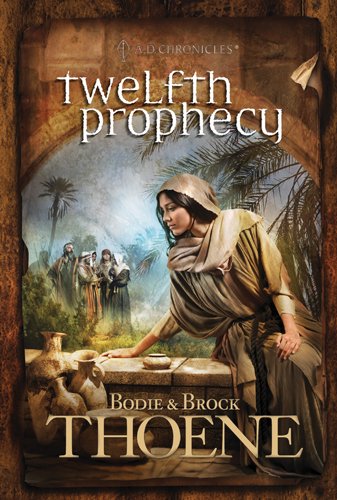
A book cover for Twelfth Prophecy (A. D. Chronicles); Bodie Thoene; Literature & Fiction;